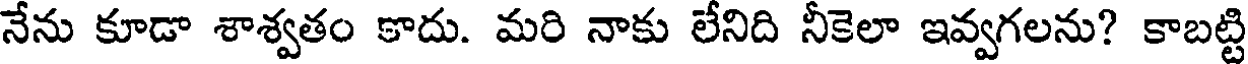
నేను కూడా శాశ్వతం కాదు. మరి నాకు లేనిది నీకెలా ఇవ్వగలను? కాబట్టి